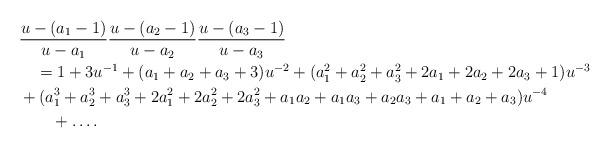
LaTeX: \begin{align*}&\frac{u-(a_1-1)}{u-a_1}\frac{u-(a_2-1)}{u-a_2} \frac{u-(a_3-1)}{u-a_3}\\&\quad=1+3u^{-1}+(a_1+a_2+a_3+3)u^{-2}+(a_1^2+a_2^2+a_3^2+2a_1+2a_2+2a_3+1)u^{-3}\\&+(a_1^3+a_2^3+a_3^3+2a_1^2+2a_2^2+2a_3^2+a_1a_2+a_1a_3+a_2a_3+a_1+a_2+a_3)u^{-4}\\&\qquad+\ldots.\end{align*}